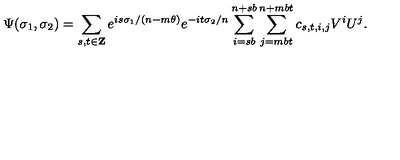
\Psi ( \sigma _ { 1 } , \sigma _ { 2 } ) = \sum _ { s , t \in { \bf Z } } e ^ { i s \sigma _ { 1 } / ( n - m \theta ) } e ^ { - i t \sigma _ { 2 } / n } \sum _ { i = s b } ^ { n + s b } \sum _ { j = m b t } ^ { n + m b t } c _ { s , t , i , j } V ^ { i } U ^ { j } .